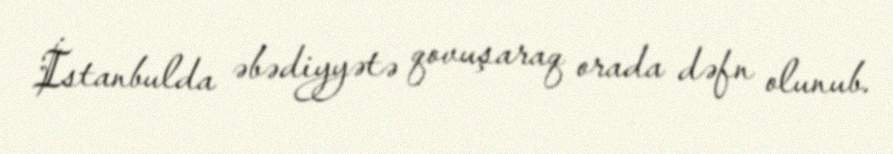
İstanbulda əbədiyyətə qovuşaraq orada dəfn olunub.